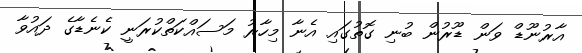
އާރުނޫޑް ވަން ޑޫރުން ބުނި ގޮތުގައި އެނާ މިހާރު މަސައްކަތްކުރަނީ ކެނެޑާގެ ދައުވާ